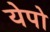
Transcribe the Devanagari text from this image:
येपो